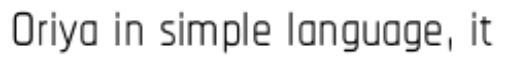
Oriya in simple language, it